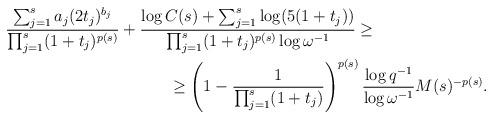
LaTeX: \begin{align*}&\frac{\sum_{j=1}^s a_j (2t_j)^{b_j}}{\prod_{j=1}^s (1+t_j)^{p(s)}}+\frac{\log C(s)+\sum_{j=1}^s \log (5(1+t_j))}{\prod_{j=1}^s (1+t_j)^{p(s)}\log\omega^{-1}} \geq\\&\qquad\qquad\qquad\qquad\qquad\ge \left(1-\frac{1}{\prod_{j=1}^s (1+t_j)}\right)^{p(s)} \frac{\log q^{-1}}{\log \omega^{-1}} M(s)^{-p(s)}.\end{align*}